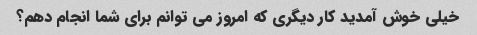
خیلی خوش آمدید کار دیگری که امروز می توانم برای شما انجام دهم؟